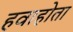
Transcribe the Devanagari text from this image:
हवाहोता